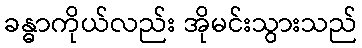
ခန္ဓာကိုယ်လည်း အိုမင်းသွားသည်